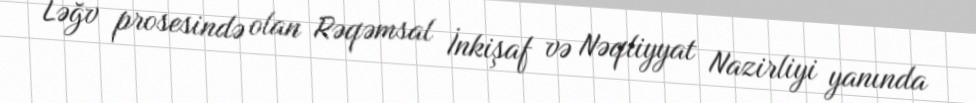
Ləğv prosesində olan Rəqəmsal İnkişaf və Nəqliyyat Nazirliyi yanında